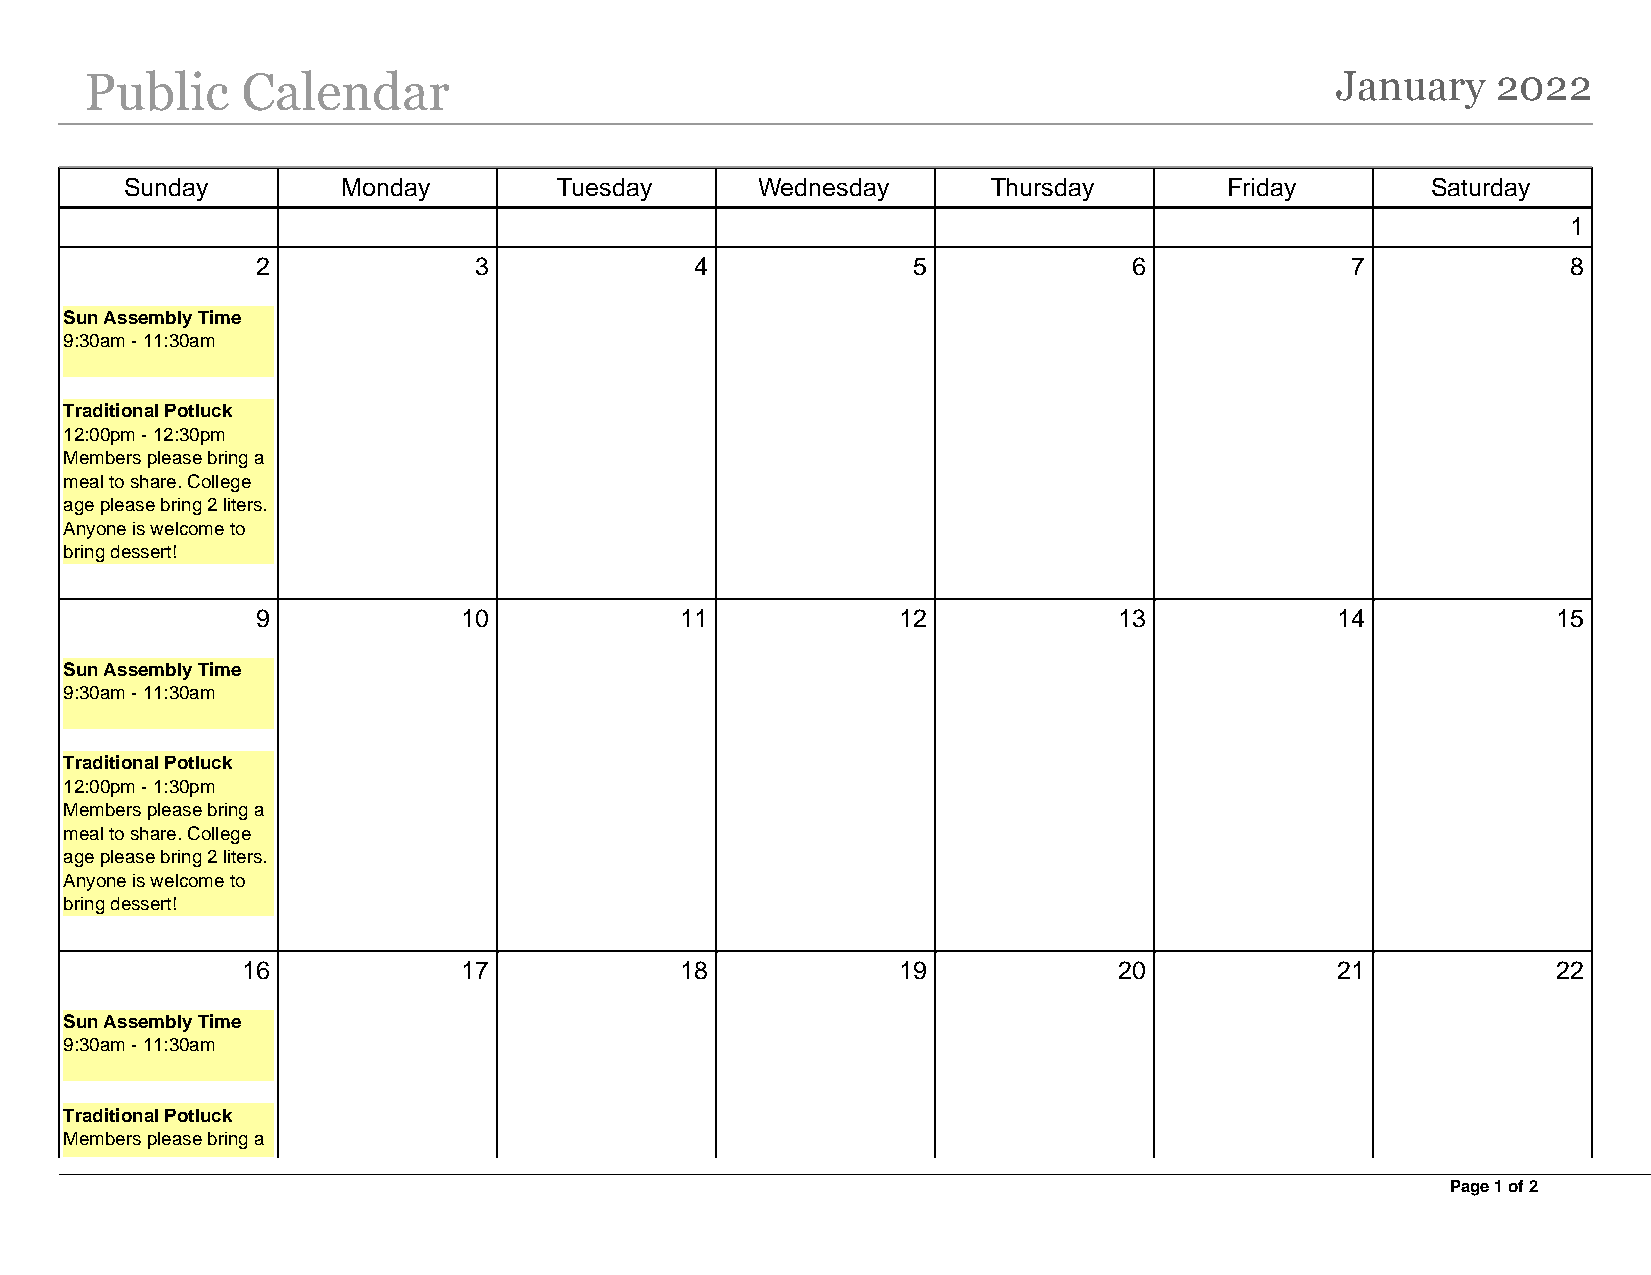
Public    Calendar                                                                January    2022
 Sunday         Monday        Tuesday      Wednesday       Thursday       Friday        Saturday
 1
 2             3              4             5              6             7              8
 Sun Assembly Time
 9:30am - 11:30am
 Traditional Potluck
 12:00pm - 12:30pm
 Members please bring a
 meal to share. College
 age please bring 2 liters.
 Anyone is welcome to
 bring dessert!
 9             10            11            12             13            14             15
 Sun Assembly Time
 9:30am - 11:30am
 Traditional Potluck
 12:00pm - 1:30pm
 Members please bring a
 meal to share. College
 age please bring 2 liters.
 Anyone is welcome to
 bring dessert!
 16             17            18            19             20            21             22
 Sun Assembly Time
 9:30am - 11:30am
 Traditional Potluck
 Members please bring a
 Page 1 of 2